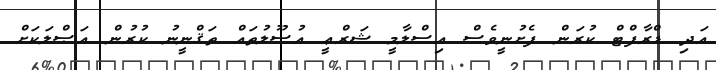
އަދި ޑްރާފްޓް ކުރަން ފެށުނީވެސް އިސްލާމީ ޝަރްޢީ އުޞޫލުތައް ތަޤްނީނު ކުރުން އަޞްލަކަށް